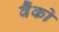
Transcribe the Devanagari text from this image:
वैँको